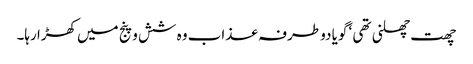
چھت چھلنی تھی ‘ گویا دو طرفہ عذاب وہ شش و پنج میں کھڑا رہا۔